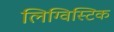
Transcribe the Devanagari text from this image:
लिग्विस्टिक